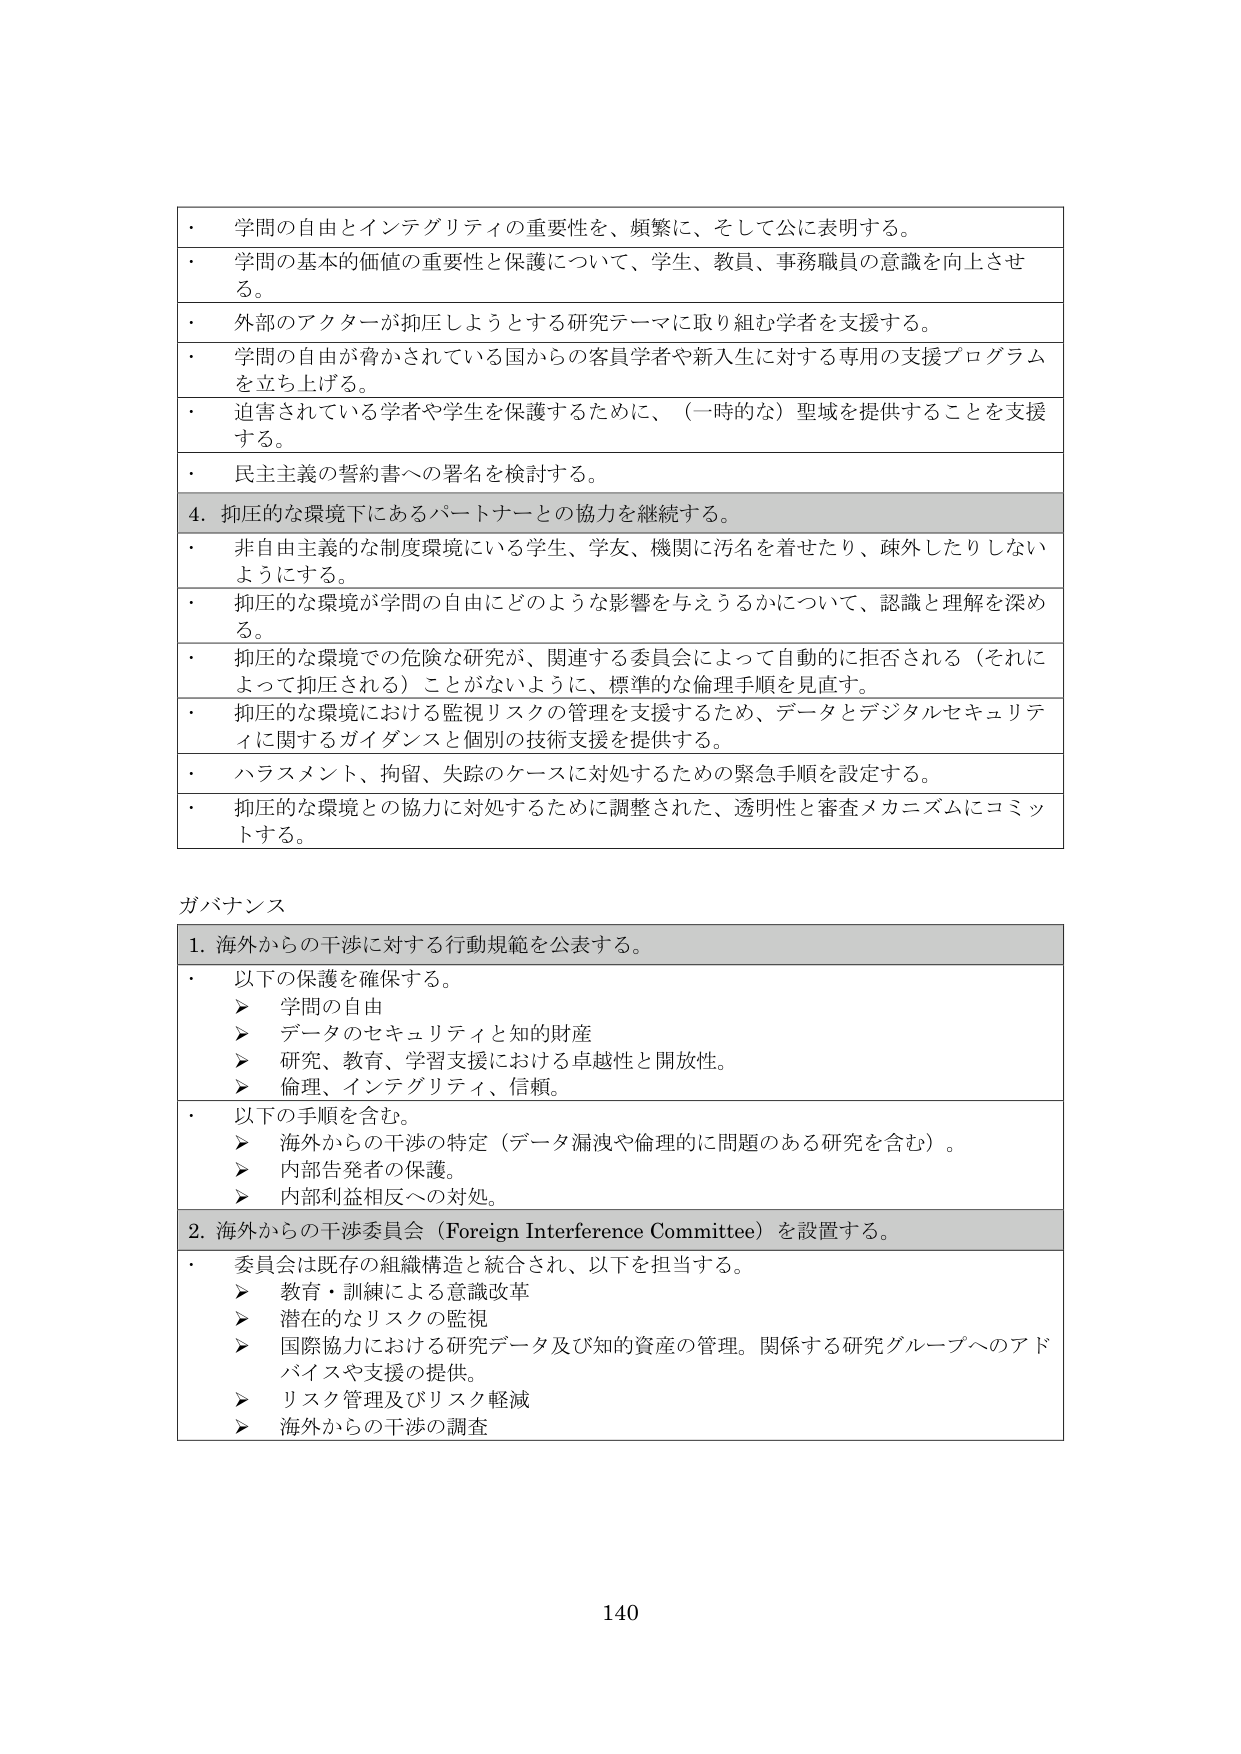
・ 学問の自由とインテグリティの重要性を、頻繁に、そして公に表明する。
・ 学問の基本的価値の重要性と保護について、学生、教員、事務職員の意識を向上させる。
・ 外部のアクターが抑圧しようとする研究テーマに取り組む学者を支援する。
・ 学問の自由が脅かされている国からの客員学者や新入生に対する専用の支援プログラムを立ち上げる。
・ 迫害されている学者や学生を保護するために、（一時的な）聖域を提供することを支援する。
・ 民主主義の誓約書への署名を検討する。
4. 抑圧的な環境下にあるパートナーとの協力を継続する。
・ 非自由主義的な制度環境にいる学生、学友、機関に汚名を着せたり、疎外したりしないようにする。
・ 抑圧的な環境が学問の自由にどのような影響を与えるかについて、認識と理解を深める。
・ 抑圧的な環境での危険な研究が、関連する委員会によって自動的に拒否される（それによって抑圧される）ことがないように、標準的な倫理手順を見直す。
・ 抑圧的な環境における監視リスクの管理を支援するため、データとデジタルセキュリティに関するガイダンスと個別の技術支援を提供する。
・ ハラスメント、拘留、失踪のケースに対処するための緊急手順を設定する。
・ 抑圧的な環境との協力に対処するために調整された、透明性と審査メカニズムにコミットする。

ガバナンス
1. 海外からの干渉に対する行動規範を公表する。
・ 以下の保護を確保する。
　➤ 学問の自由
　➤ データのセキュリティと知的財産
　➤ 研究、教育、学習支援における卓越性と開放性。
　➤ 倫理、インテグリティ、信頼。
・ 以下の手順を含む。
　➤ 海外からの干渉の特定（データ漏洩や倫理的に問題のある研究を含む）。
　➤ 内部告発者の保護。
　➤ 内部利益相反への対処。
2. 海外からの干渉委員会（Foreign Interference Committee）を設置する。
・ 委員会は既存の組織構造と統合され、以下を担当する。
　➤ 教育・訓練による意識改革
　➤ 潜在的なリスクの監視
　➤ 国際協力における研究データ及び知的資産の管理。関係する研究グループへのアドバイスや支援の提供。
　➤ リスク管理及びリスク軽減
　➤ 海外からの干渉の調査

140